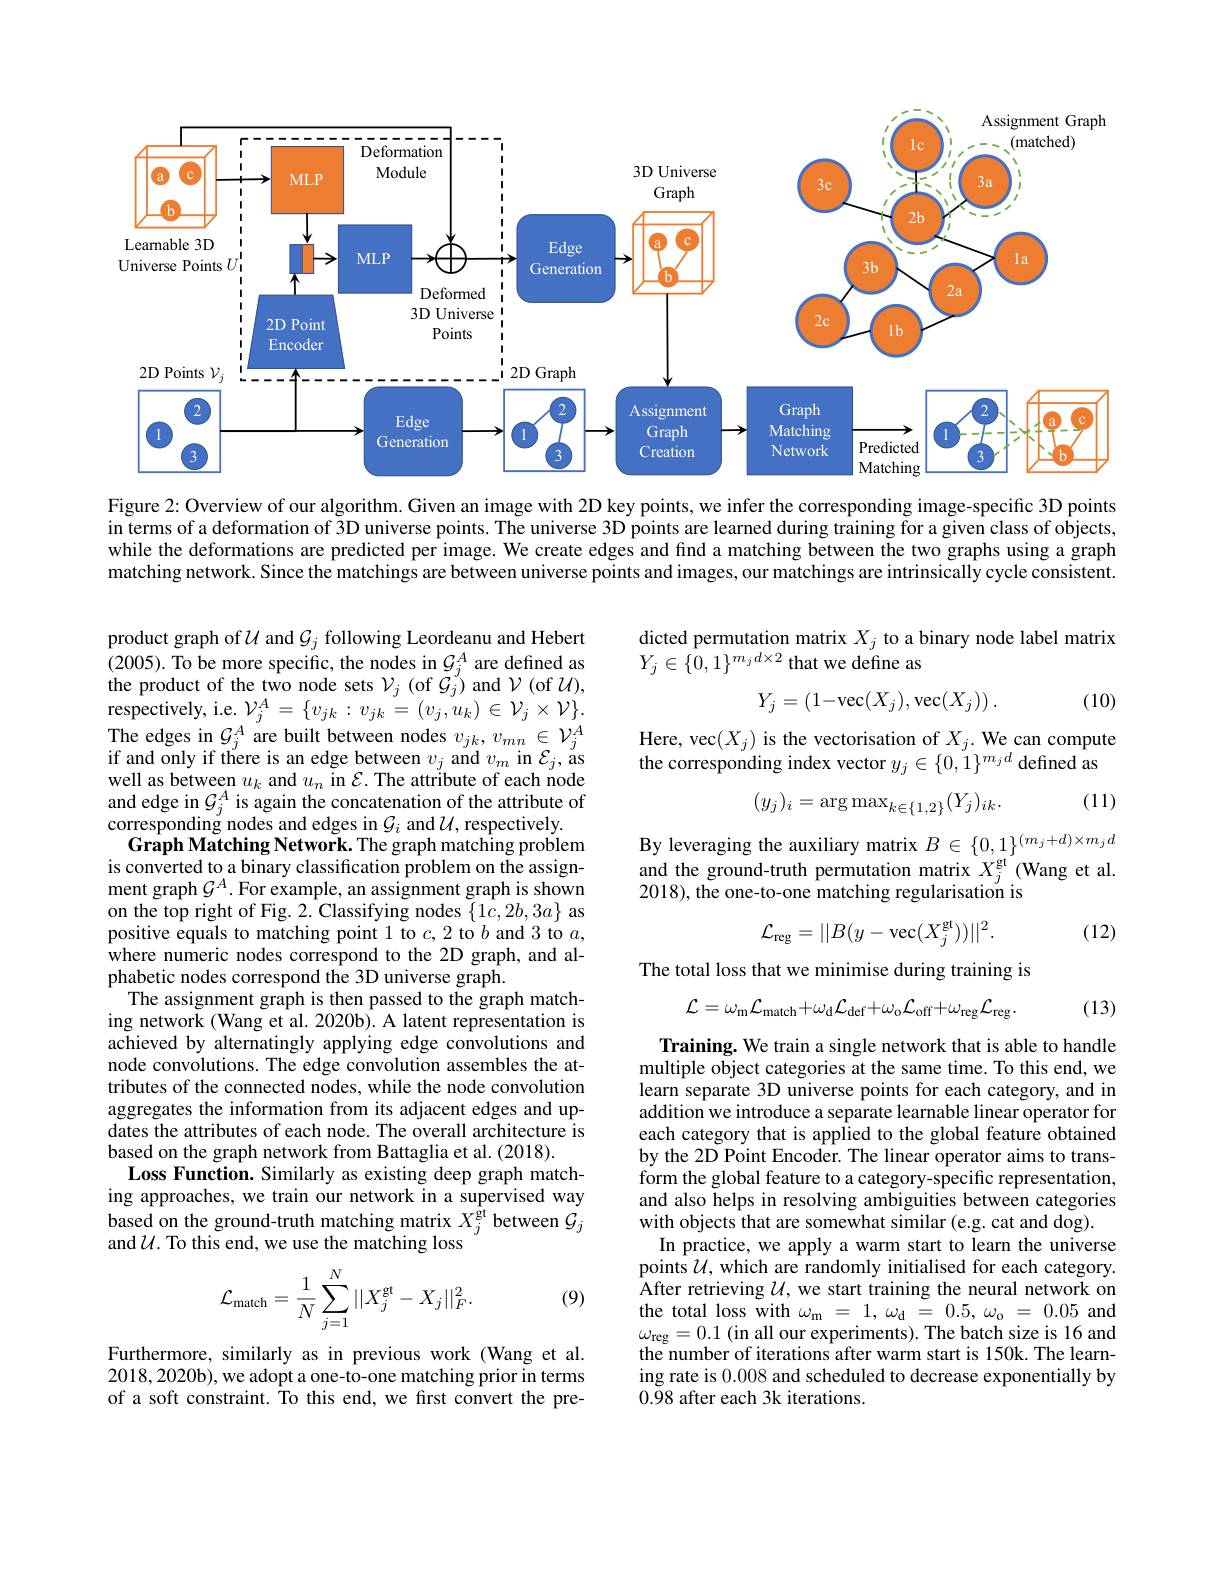
<FigureHere>

Figure 2: Overview of our algorithm. Given an image with 2D key points, we infer the corresponding image-specific 3D points while the deformations are predicted per image. We create edges and find a matching between the two graphs using a graph matching network. Since the matchings are between universe points and images, our matchings are intrinsically cycle consistent.

dicted permutation matrix $X_j$ to a binary node label matrix
$Y_{j}\in\{0,1\}^{m_{j}d\times2}$ that we define as
$$Y_j=\begin{pmatrix}1\!-\!\!\!\!\!\!\!\!\!\!\!\!\!\!\!\!\!\!\!\!\!\!\!\!\!\!\!\!\!\!\!\!\!\!\!\!\!\!\!\!\!\!\!\!\!\!\!\!\!\end{pmatrix}$$
(10)

Here, vec$(X_j)$ is the vectorisation of $X_j.$ We can compute
the corresponding index vector $y_j\in\{0,1\}^{m_jd}$ defined as

(11)
$$(y_j)_i=\arg\max_{k\in\{1,2\}}(Y_j)_{ik}.$$
By leveraging the auxiliary matrix $B\in\{0,1\}^{(m_j+d)\times m_jd}$ and the ground-truth permutation matrix $X_j^\mathrm{gt}$(Wang et al. 2018),the one-to-one matching regularisation is
$$\mathcal{L}_{\mathrm{reg}}=||B(y-\mathrm{vec}(X_{j}^{\mathrm{gt}}))||^{2}.$$
(12)

product graph of $\mathcal{U}$ and $\mathcal{G}_j$ following Leordeanu and Hebert (2005).To be more specific, the nodes in $\mathcal{G}_j^A$ are defined as the product of the two node sets $\mathcal{V} _j$ ( of $\mathcal{G} _j^{\prime })$ and $\mathcal{V}($of $\mathcal{U})$, $\hat{\text{respectively, i. e. }} \mathcal{V} _{j}^{A}= \{ v_{jk}: v_{jk}= ( v_{j}, u_{k}) \in \mathcal{V} _{j}\times \mathcal{V} \} .$ The edges in $\mathcal{G}_j^A$ are built between nodes $v_jk,v_{mn}\in\mathcal{V}_j^A$ if and only if there is an edge between $v_j$ and $v_m$ in $\mathcal{E}_j$, as well as between $u_k$ and $u_n$ in $\mathcal{E}.$ The attribute of each node and edge in $\mathcal{G}_j^A$ is again the concatenation of the attribute of corresponding nodes and edges in $\mathcal{G}_i$ and $\mathcal{U}$, respectively
Graph Matching Network. The graph matching problem is converted to a binary classification problem on the assignment graph $G^A.$ For example, an assignment graph is shown on the top right of Fig. 2. Classifying nodes $\{1c,2b,3a\}$ as positive equals to matching point 1 to $c,2$ to $b$ and 3 to $a$, where numeric nodes correspond to the 2D graph, and alphabetic nodes correspond the 3D universe graph.
The assignment graph is then passed to the graph matching network (Wang et al. 2020b). A latent representation is achieved by alternatingly applying edge convolutions and node convolutions. The edge convolution assembles the attributes of the connected nodes, while the node convolution aggregates the information from its adjacent edges and updates the attributes of each node. The overall architecture is based on the graph network from Battaglia et al. (2018).
Loss Function. Similarly as existing deep graph matching approaches, we train our network in a supervised way based on the ground-truth matching matrix $X_j^\mathrm{\hat{g}t}$ between $G_j$ and $\mathcal{U}.$ To this end, we use the matching loss
$$\mathcal{L}_{\text{match}}=\frac{1}{N}\sum_{j=1}^{N}||X_{j}^{\text{gt}}-X_{j}||_{}$$
The total loss that we minimise during training is
$$\mathcal{L}=\omega_{\mathrm{m}}\mathcal{L}_{\mathrm{match}}+\omega_{\mathrm{d}}\mathcal{L}_{\mathrm{def}}+\omega_{\mathrm{o}}\mathcal{L}_{\mathrm{off}}+\omega_{\mathrm{reg}}\mathcal{L}_{\mathrm{reg}}.$$
(13)

Training. We train a single network that is able to handle multiple object categories at the same time. To this end, we learn separate 3D universe points for each category, and in addition we introduce a separate learnable linear operator for each category that is applied to the global feature obtained by the 2D Point Encoder. The linear operator aims to transform the global feature to a category-specific representation, and also helps in resolving ambiguities between categories with objects that are somewhat similar (e.g. cat and dog).
In practice, we apply a warm start to learn the universe points $\mathcal{U}$, which are randomly initialised for each category. After retrieving $\mathcal{U}$, we start training the neural network on the total loss with $\omega_{\mathrm{m}}=1,\omega_{\mathrm{d}}=0.5,\omega_{\mathrm{o}}=0.05$ and $\omega_{\mathrm{reg}}=0.1$(in all our experiments).The batch size is 16 and the number of iterations after warm start is 150k. The learning rate is 0.008 and scheduled to decrease exponentially by $0.\tilde{98}$ after each 3k iterations.

(9)

Furthermore, similarly as in previous work (Wang et al. 2018,2020b), we adopt a one-to-one matching prior in terms of a soft constraint. Îo this end, we first convert the pre-